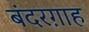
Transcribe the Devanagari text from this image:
बंदरग़ाह